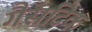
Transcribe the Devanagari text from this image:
गैसटिक